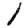
Digit: 1